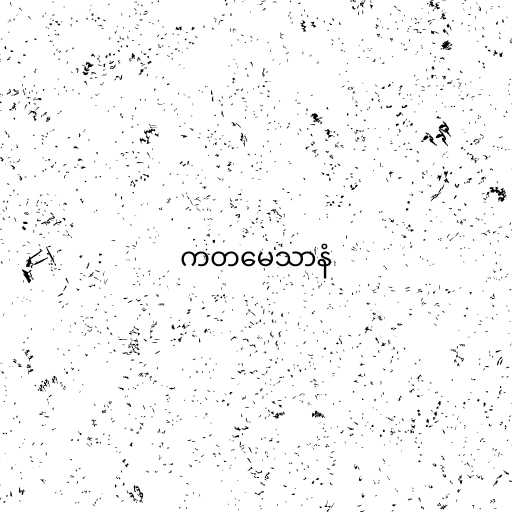
ကတမေသာနံ